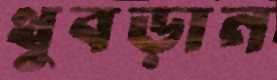
থুবড়ান